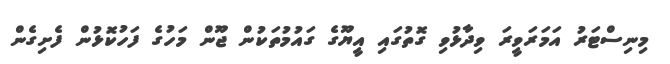
މިނިސްޓަރު އަމަރަވީރަ ވިދާޅުވި ގޮތުގައި އީޔޫގެ ގައުމުތަކުން ޖޫން މަހުގެ ފަހުކޮޅުން ފެށިގެން